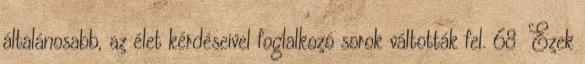
általánosabb, az élet kérdéseivel foglalkozó sorok váltották fel. 68 Ezek